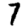
Digit: 7